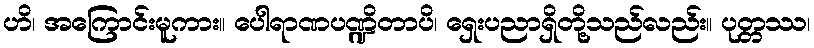
ဟိ၊ အကြောင်းမူကား။ ပေါရာဏပဏ္ဍိတာပိ၊ ရှေးပညာရှိတို့သည်လည်း။ ပုတ္တဿ၊